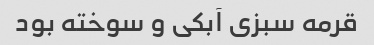
قرمه سبزی آبکی و سوخته بود